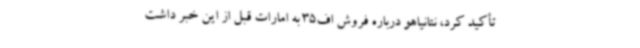
تأکید کرد، نتانیاهو درباره فروش اف35 به امارات قبل از این خبر داشت